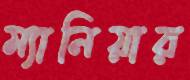
ম্যানিয়ার